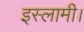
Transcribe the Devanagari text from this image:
इस्लामी।